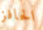
الحافز